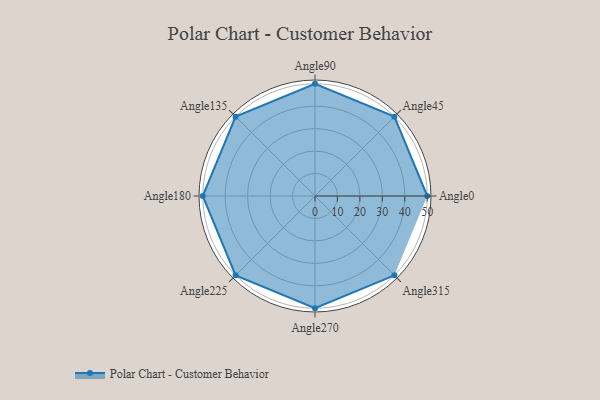
{"axis": {"x": "Angle", "y": "Radius"}, "legend": [""], "data": [{"x": "Angle0", "y": 50, "type": ""}, {"x": "Angle45", "y": 50, "type": ""}, {"x": "Angle90", "y": 50, "type": ""}, {"x": "Angle135", "y": 50, "type": ""}, {"x": "Angle180", "y": 50, "type": ""}, {"x": "Angle225", "y": 50, "type": ""}, {"x": "Angle270", "y": 50, "type": ""}, {"x": "Angle315", "y": 50, "type": ""}]}